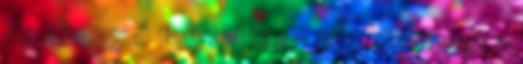
de ahogy ő folytatta: – ezt hinni volt a